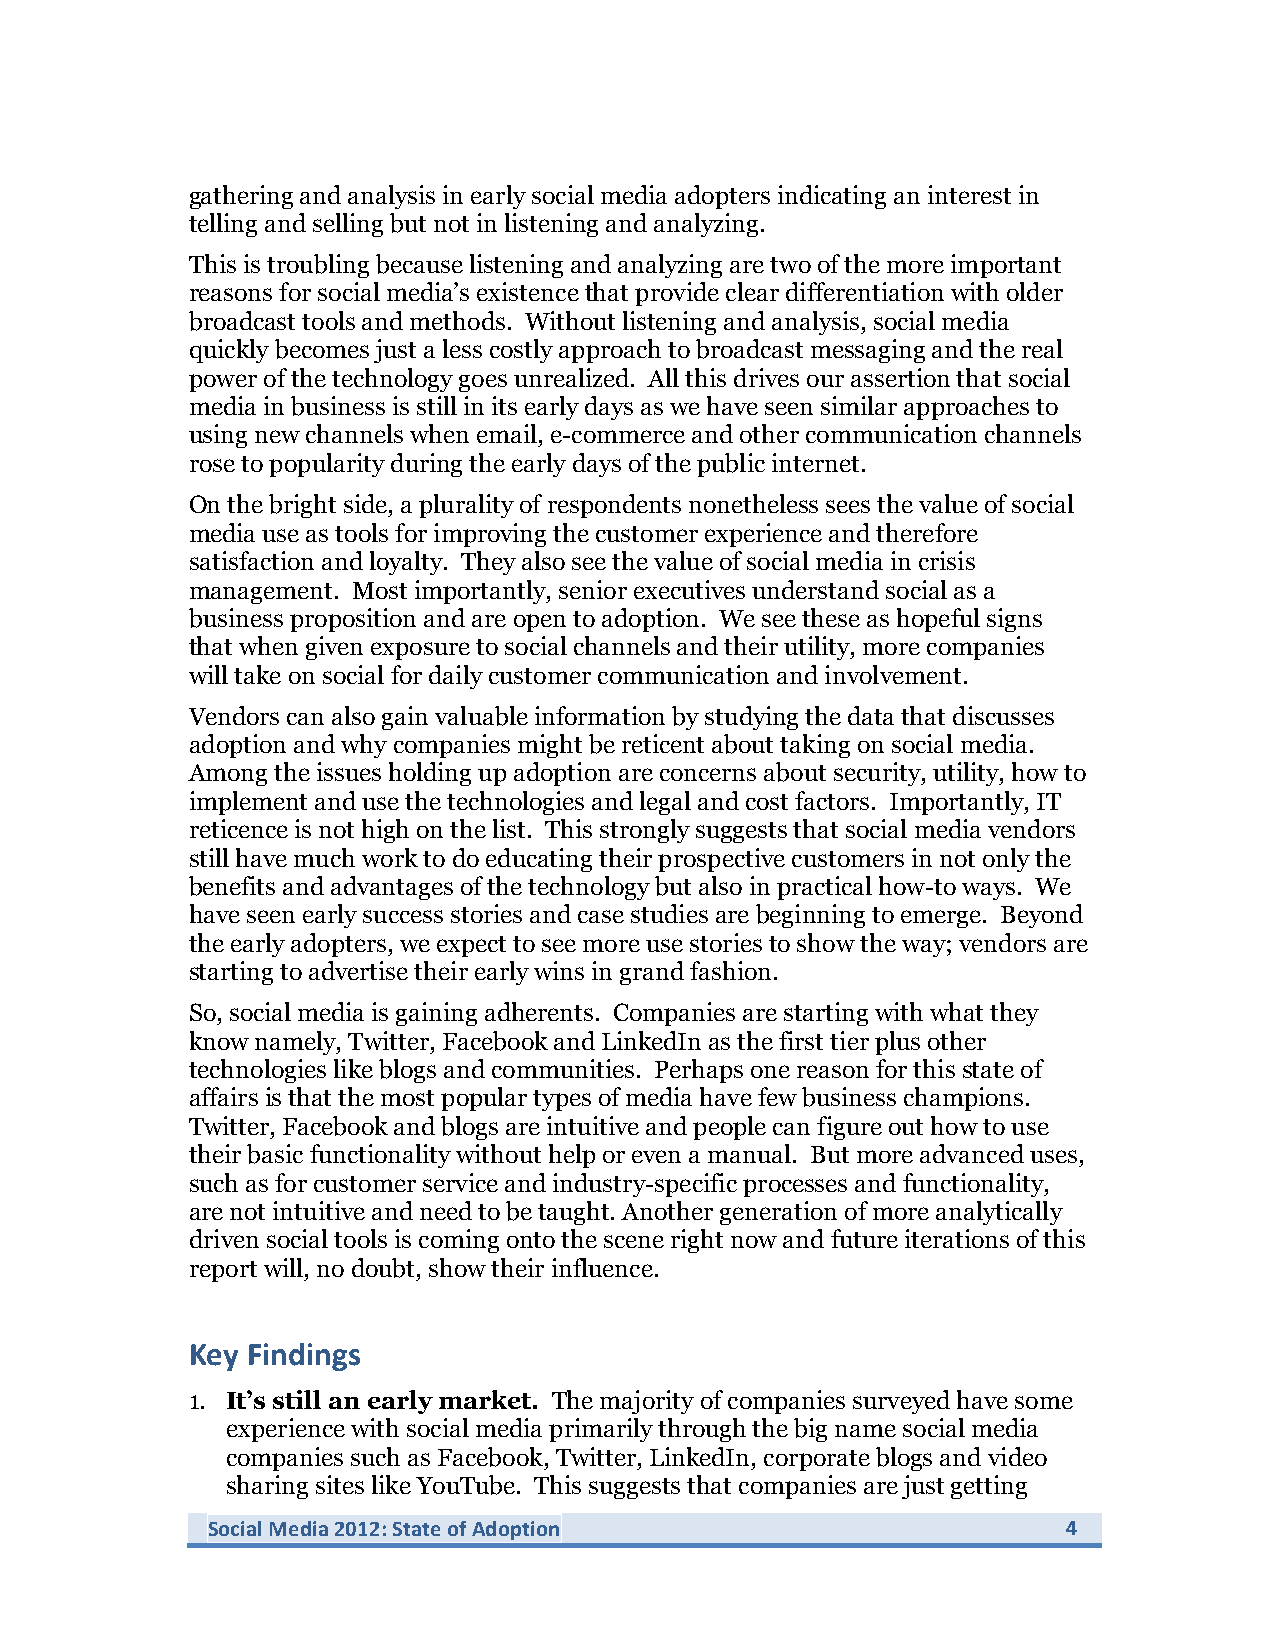
gathering and analysis in early social media adopters indicating an interest in
 telling and selling but not in listening and analyzing.
 This is troubling because listening and analyzing are two of the more important
 reasons for social media’s existence that provide clear differentiation with older
 broadcast tools and methods. Without listening and analysis, social media
 quickly becomes just a less costly approach to broadcast messaging and the real
 power of the technology goes unrealized. All this drives our assertion that social
 media in business is still in its early days as we have seen similar approaches to
 using new channels when email, e-commerce and other communication channels
 rose to popularity during the early days of the public internet.
 On the bright side, a plurality of respondents nonetheless sees the value of social
 media use as tools for improving the customer experience and therefore
 satisfaction and loyalty. They also see the value of social media in crisis
 management. Most importantly, senior executives understand social as a
 business proposition and are open to adoption. We see these as hopeful signs
 that when given exposure to social channels and their utility, more companies
 will take on social for daily customer communication and involvement.
 Vendors can also gain valuable information by studying the data that discusses
 adoption and why companies might be reticent about taking on social media.
 Among the issues holding up adoption are concerns about security, utility, how to
 implement and use the technologies and legal and cost factors. Importantly, IT
 reticence is not high on the list. This strongly suggests that social media vendors
 still have much work to do educating their prospective customers in not only the
 benefits and advantages of the technology but also in practical how-to ways. We
 have seen early success stories and case studies are beginning to emerge. Beyond
 the early adopters, we expect to see more use stories to show the way; vendors are
 starting to advertise their early wins in grand fashion.
 So, social media is gaining adherents. Companies are starting with what they
 know namely, Twitter, Facebook and LinkedIn as the first tier plus other
 technologies like blogs and communities. Perhaps one reason for this state of
 affairs is that the most popular types of media have few business champions.
 Twitter, Facebook and blogs are intuitive and people can figure out how to use
 their basic functionality without help or even a manual. But more advanced uses,
 such as for customer service and industry-specific processes and functionality,
 are not intuitive and need to be taught. Another generation of more analytically
 driven social tools is coming onto the scene right now and future iterations of this
 report will, no doubt, show their influence.
 Key Findings
 1. It’s still an early market. The majority of companies surveyed have some
 experience with social media primarily through the big name social media
 companies such as Facebook, Twitter, LinkedIn, corporate blogs and video
 sharing sites like YouTube. This suggests that companies are just getting
 Social Media 2012: State of Adoption                     4